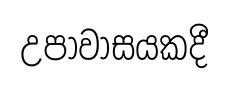
උපාවාසයකදී